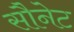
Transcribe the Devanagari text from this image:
सौनेट